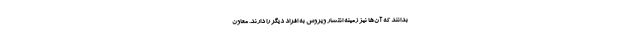
بدانند که آن‌ها نیز زمینه انتشار ویروس به افراد دیگر را دارند. معاون